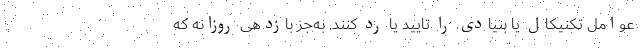
عوامل تکنیکال یا بنیادی را تایید یا رد کنند. به‌جز بازدهی روزانه که